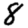
Digit: 8